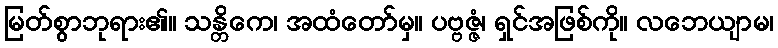
မြတ်စွာဘုရား၏။ သန္တိကေ၊ အထံတော်မှ။ ပဗ္ဗဇ္ဇံ၊ ရှင်အဖြစ်ကို။ လဘေယျာမ၊